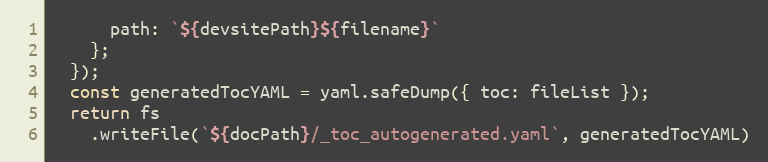
Language: JavaScript
      path: `${devsitePath}${filename}`
    };
  });
  const generatedTocYAML = yaml.safeDump({ toc: fileList });
  return fs
    .writeFile(`${docPath}/_toc_autogenerated.yaml`, generatedTocYAML)